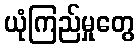
ယုံကြည်မှုတွေ